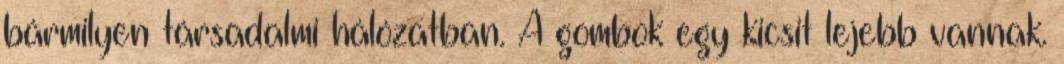
bármilyen társadalmi hálózatban. A gombok egy kicsit lejebb vannak.